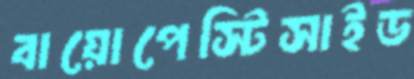
বায়োপেস্টিসাইড